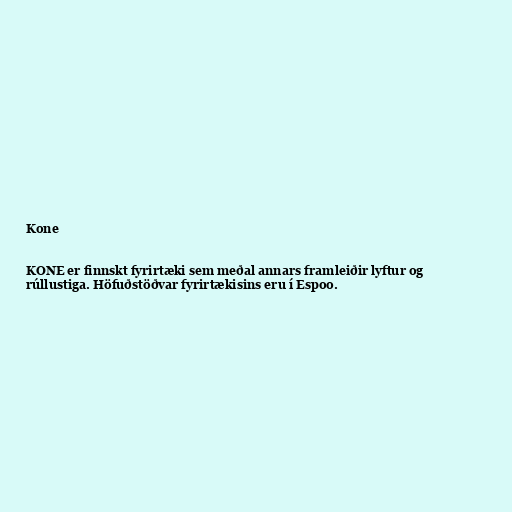
Kone

KONE er finnskt fyrirtæki sem meðal annars framleiðir lyftur og
rúllustiga. Höfuðstöðvar fyrirtækisins eru í Espoo.